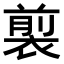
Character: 𧛯